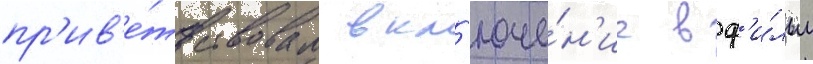
пр'ив'е́тствовал вкл'юче́н'ие в ф'и́льм